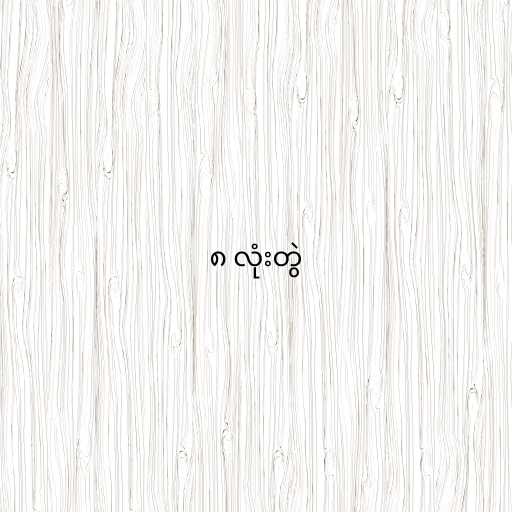
၈ လုံးတွဲ